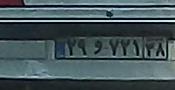
۲۹و۷۲۱۳۸